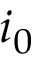
i _ { 0 }